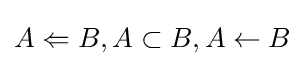
A\Leftarrow B,A\subset B,A\leftarrow B